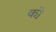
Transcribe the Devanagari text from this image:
को़